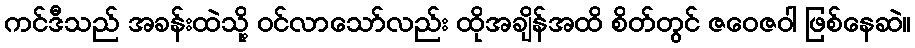
ကင်ဒီသည် အခန်းထဲသို့ ဝင်လာသော်လည်း ထိုအချိန်အထိ စိတ်တွင် ဇဝေဇဝါ ဖြစ်နေဆဲ။